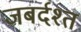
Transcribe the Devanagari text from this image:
जबर्दश्त